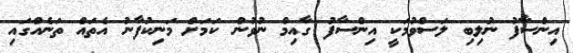
އިންސާފު ނުލިބި ލަސްވުމަކީ އިންސާފު ގާއިމް ނުވުން ކަމަށް މަނިކުފާނު އެތައް ތަނެއްގައި